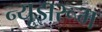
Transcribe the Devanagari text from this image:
न्यूझरूम